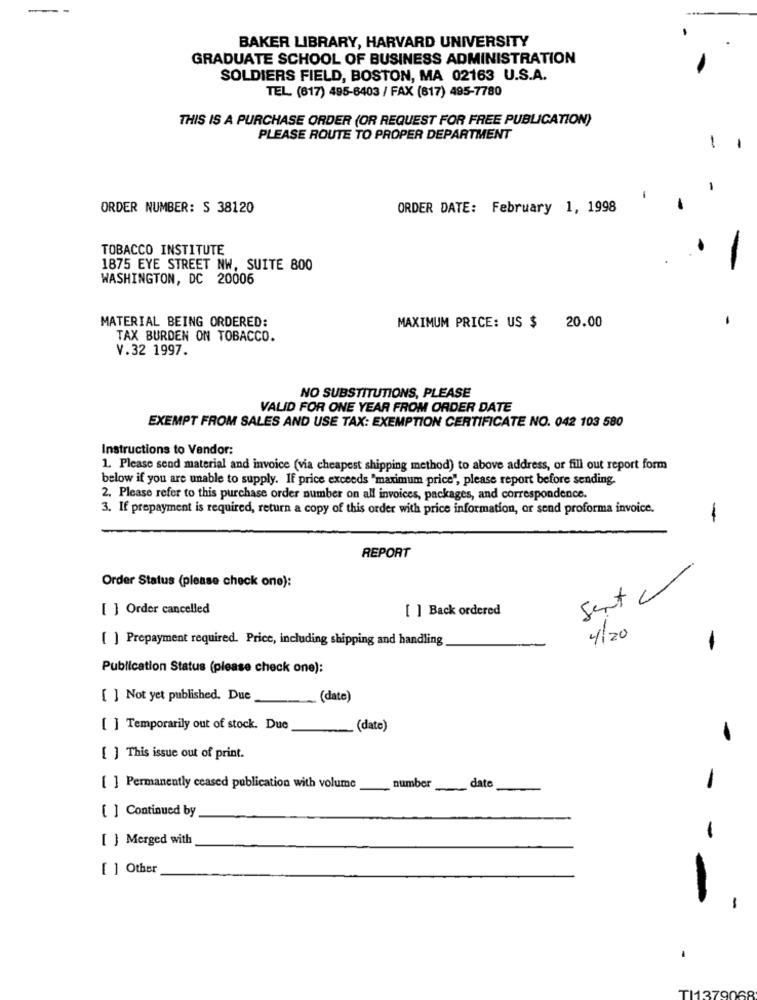
--
BAKER LIBRARY, HARVARD UNIVERSITY
GRADUATE SCHOOL OF BUSINESS ADMINISTRATION
SOLDIERS FIELD, BOSTON, MA 02163 U.S.A.
TEL (617) 495-6403 / FAX (617) 495-7780
THIS IS A PURCHASE ORDER (OR REQUEST FOR FREE PUBLICATION)
PLEASE ROUTE TO PROPER DEPARTMENT
-
ORDER NUMBER: S 38120
ORDER DATE: February 1, 1998
TOBACCO INSTITUTE
1875 EYE STREET NW, SUITE 800
-
WASHINGTON, DC 20006
MATERIAL BEING ORDERED:
-
MAXIMUM PRICE: US $ 20.00
TAX BURDEN ON TOBACCO.
V.32 1997.
NO SUBSTITUTIONS, PLEASE
VALID FOR ONE YEAR FROM ORDER DATE
EXEMPT FROM SALES AND USE TAX: EXEMPTION CERTIFICATE NO. 042 103 580
Instructions to Vendor:
1. Please send material and invoice (via cheapest shipping method) to above address, or fill out report form
below if you are unable to supply. If price exceeds "maximum price", please report before sending.
2. Please refer to this purchase order number on all invoices, packages, and correspondence.
3. If prepayment is required, return a copy of this order with price information, or send proforma invoice.
-
REPORT
Order Status (please check one):
Sent 2
[ ] Order cancelled
[ ] Back ordered
4/20
[ ] Prepayment required. Price, including shipping and handling
-
Publication Status (please check one):
[ ] Not yet published. Due
(date)
[ ] Temporarily out of stock. Due
date)
[ ] This issue out of print.
date
[ ] Permanently ceased publication with volume
number
-
[ ] Continued by
[ ] Merged with
-
[ ] Other
-
TI1379